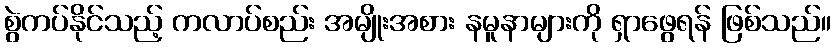
စွဲကပ်နိုင်သည့် ကလာပ်စည်း အမျိုးအစား နမူနာများကို ရှာဖွေရန် ဖြစ်သည်။